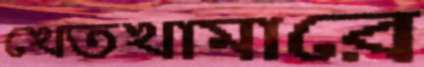
খেতখামারে